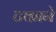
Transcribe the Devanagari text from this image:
टकाने